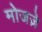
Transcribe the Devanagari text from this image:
मोजज़े